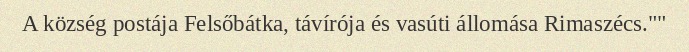
A község postája Felsőbátka, távírója és vasúti állomása Rimaszécs.""